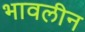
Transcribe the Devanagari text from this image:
भावलीन